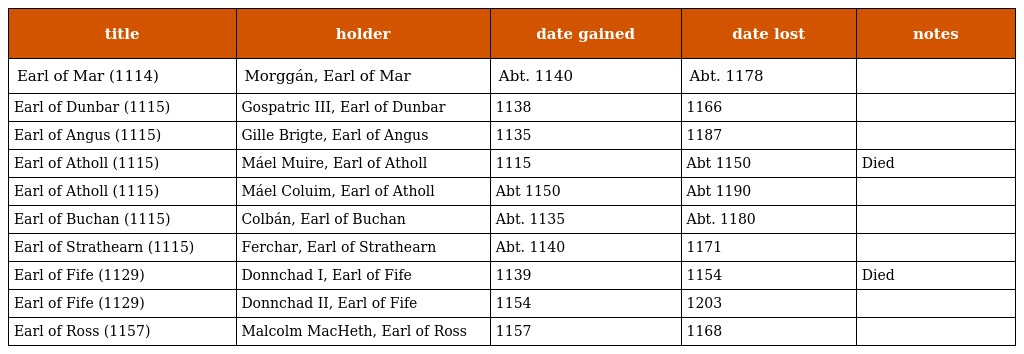
| title | holder | date gained | date lost | notes |
 | --- | --- | --- | --- | --- |
 | Earl of Mar (1114) | Morggán, Earl of Mar | Abt. 1140 | Abt. 1178 |  |
 | Earl of Dunbar (1115) | Gospatric III, Earl of Dunbar | 1138 | 1166 |  |
 | Earl of Angus (1115) | Gille Brigte, Earl of Angus | 1135 | 1187 |  |
 | Earl of Atholl (1115) | Máel Muire, Earl of Atholl | 1115 | Abt 1150 | Died |
 | Earl of Atholl (1115) | Máel Coluim, Earl of Atholl | Abt 1150 | Abt 1190 |  |
 | Earl of Buchan (1115) | Colbán, Earl of Buchan | Abt. 1135 | Abt. 1180 |  |
 | Earl of Strathearn (1115) | Ferchar, Earl of Strathearn | Abt. 1140 | 1171 |  |
 | Earl of Fife (1129) | Donnchad I, Earl of Fife | 1139 | 1154 | Died |
 | Earl of Fife (1129) | Donnchad II, Earl of Fife | 1154 | 1203 |  |
 | Earl of Ross (1157) | Malcolm MacHeth, Earl of Ross | 1157 | 1168 |  |